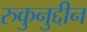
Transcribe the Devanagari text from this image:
रुकुनुद्दीन